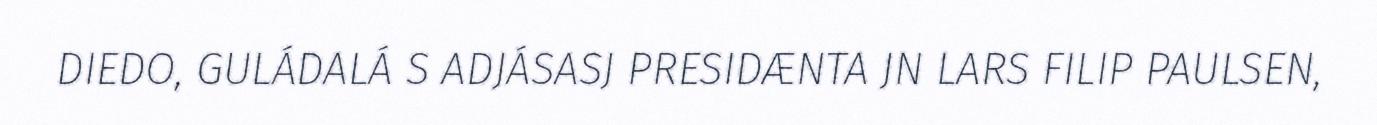
DIEDO, GULÁDALÁ S ADJÁSASJ PRESIDÆNTA JN LARS FILIP PAULSEN,